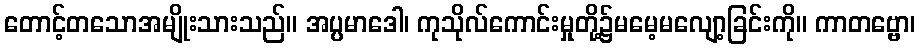
တောင့်တသောအမျိုးသားသည်။ အပ္ပမာဒေါ၊ ကုသိုလ်ကောင်းမှုတို့၌မမေ့မလျော့ခြင်းကို။ ကာတဗ္ဗော၊